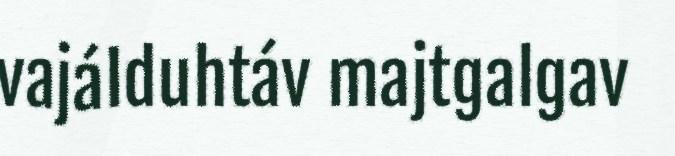
vajálduhtáv majtgalgav